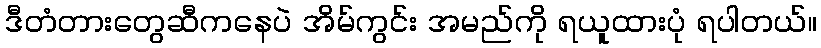
ဒီတံတားတွေဆီကနေပဲ အိမ်ကွင်း အမည်ကို ရယူထားပုံ ရပါတယ်။